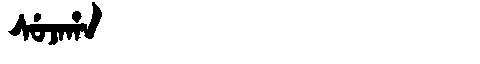
Manchu: ᠰᡠᠵᠠᡥᠠ
Romanization: SUJAHA